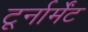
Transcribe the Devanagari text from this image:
टूर्नार्मेंट